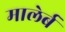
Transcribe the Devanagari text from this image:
मालेर्ब